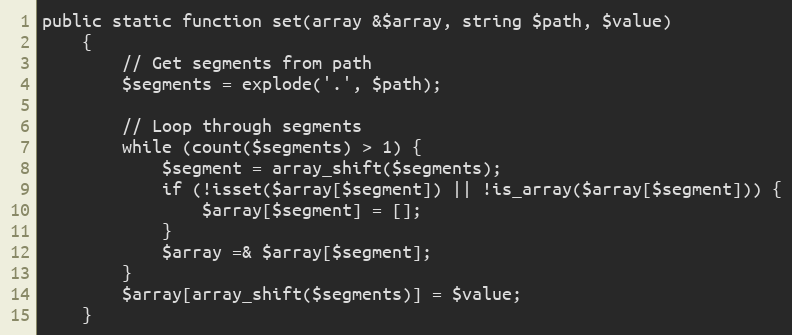
Language: PHP
public static function set(array &$array, string $path, $value)
    {
        // Get segments from path
        $segments = explode('.', $path);

        // Loop through segments
        while (count($segments) > 1) {
            $segment = array_shift($segments);
            if (!isset($array[$segment]) || !is_array($array[$segment])) {
                $array[$segment] = [];
            }
            $array =& $array[$segment];
        }
        $array[array_shift($segments)] = $value;
    }